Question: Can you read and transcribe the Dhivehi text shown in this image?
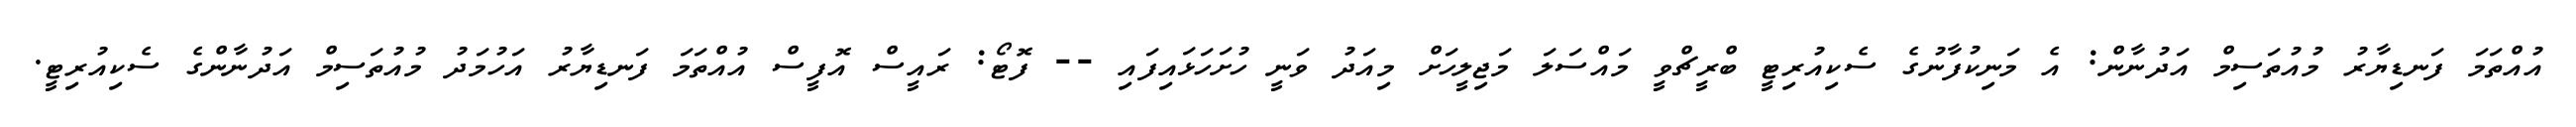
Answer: އުއްތަމަ ފަނޑިޔާރު މުއުތަސިމް އަދުނާން: އެ މަނިކުފާނުގެ ސެކިއުރިޓީ ބްރީޗްވީ މައްސަލަ މަޖިލީހަށް މިއަދު ވަނީ ހުށަހަޅައިފައި -- ފޮޓޯ: ރައީސް އޮފީސް އުއްތަމަ ފަނޑިޔާރު އަހުމަދު މުއުތަސިމް އަދުނާންގެ ސެކިއުރިޓީ.